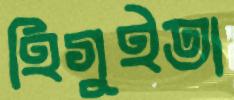
হিগুইতা